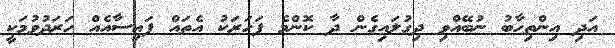
އަދި އިންތިހާބު ނުބޭއްވި ދިގުލައިގެން ދާ ކޮންމެ ފަހަރަކު އެތައް ފައިސާއެއް ހަރަދުވުމަކީ